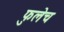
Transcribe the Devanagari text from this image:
फुलेच